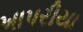
ખાપરીયા